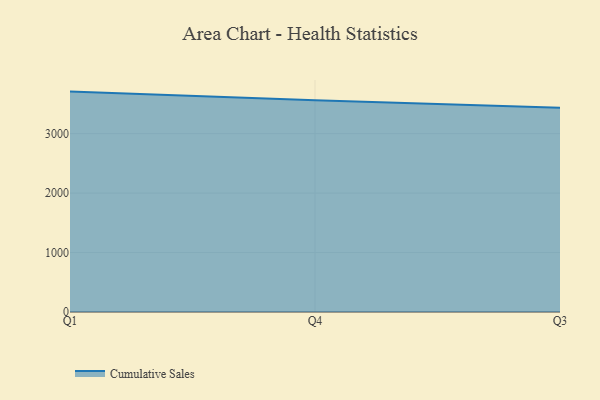
{"axis": {"x": "Quarter", "y": "Demand Index"}, "legend": ["Cumulative Sales"], "data": [{"x": "Q1", "y": 3706.8, "type": "Cumulative Sales"}, {"x": "Q4", "y": 3560.2, "type": "Cumulative Sales"}, {"x": "Q3", "y": 3433.5, "type": "Cumulative Sales"}]}